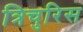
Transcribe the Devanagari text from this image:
त्रिचुरिस